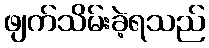
ဖျက်သိမ်းခဲ့ရသည်